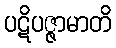
ပဋိပဇ္ဇာမာတိ